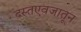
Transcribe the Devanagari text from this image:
दस्तएवजातून